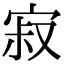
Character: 寂